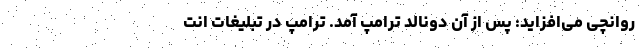
روانچی می‌افزاید: پس از آن دونالد ترامپ آمد. ترامپ در تبلیغات انت